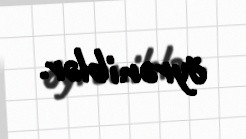
öyrəniblər.